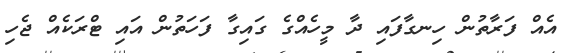
އެއް ފަރާތުން ހިނގާފައި ދާ މީހެއްގެ ގައިގާ ފަހަތުން އައި ޓްރަކެއް ޖެހި